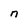
Character: n